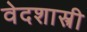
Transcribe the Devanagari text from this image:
वेदशास्त्री